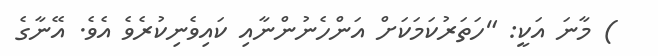
) މާނަ އަކީ: "ހަތަރުކަމަކަށް އަންހެނުންނާއި ކައިވެނިކުރެވެ އެވެ. އޭނާގެ